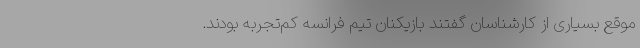
موقع بسیاری از کارشناسان گفتند بازیکنان تیم فرانسه کم‌تجربه بودند.